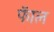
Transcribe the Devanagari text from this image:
फॅाल